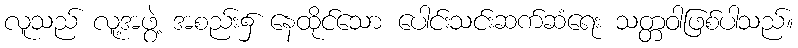
လူသည် လူ့အဖွဲ့ အစည်း၌ နေထိုင်သော ပေါင်းသင်းဆက်ဆံရေး သတ္တဝါဖြစ်ပါသည်။